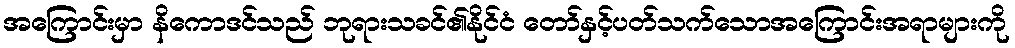
အကြောင်းမှာ နိကောဒင်သည် ဘုရားသခင်၏နိုင်ငံ တော်နှင့်ပတ်သက်သောအကြောင်းအရာများကို